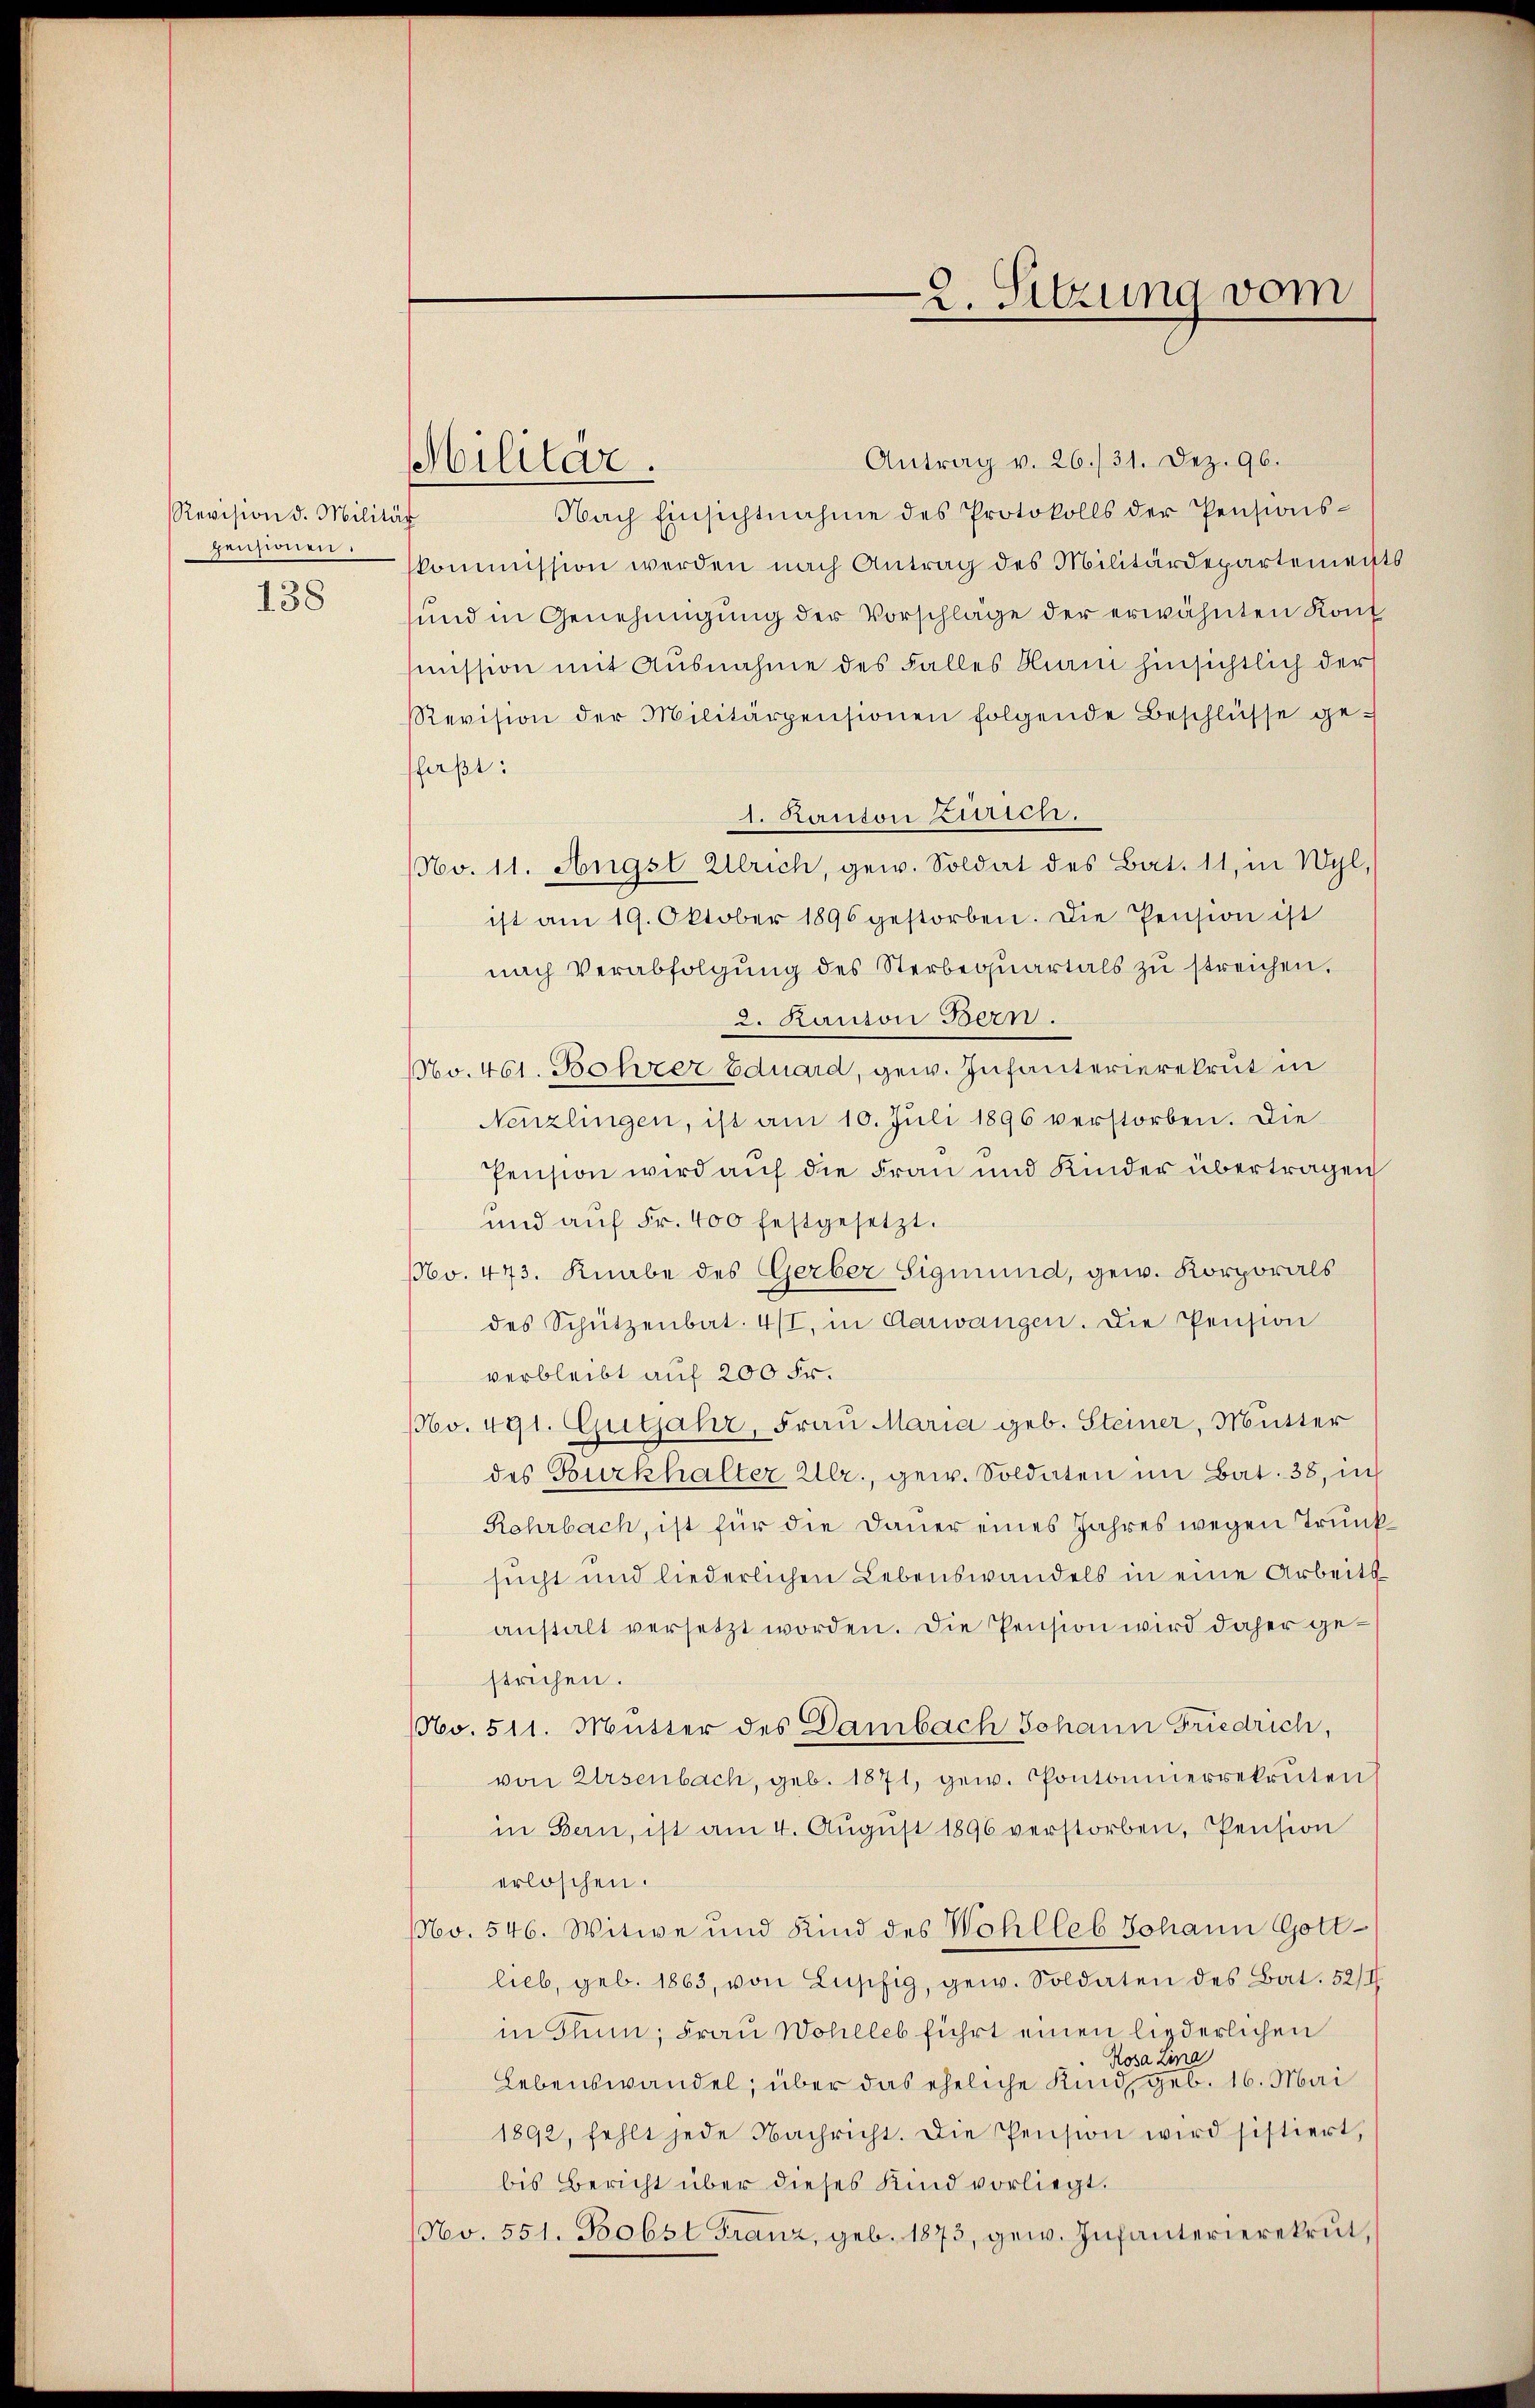
Revision d. Militär
pensionen.
138

bilitär.

2. Sitzung vom

Antrag v. 26./31. Dez. 96.
Nach Einsichtnahme des Protokolls der Pensionskommission werden nach Antrag des Militärdepartements
sund in Genehmigung der Vorschläge der erwähnten Kont
smission mit Ausnahme des Falles Man hinsichtlich der
Revision der Militärpensionen folgende Beschlüsse ge-
faßt:
1. Kanton Zürich.
No. 11. Angst Ulrich, gew. Soldat des Bat. 11, in Wyl,
ist am 19. Oktober 1896 gestorben. Die Pension ist
nach Verabfolgŭng des Sterbequartals zu streichen.
2. Kanton Bern.
No. 461. Bohrer Eduard, gew. Infanterierekrut in
Nenzlingen, ist am 10. Juli 1896 verstorben. Die
Pension wird auf die Frau und Kinder übertragen
und aŭf Fr. 400 festgesetzt.
No. 473. Knabe des Gerber Sigmund, gew. Korporals
des Schützenbat. 4/I, in Aarwangen. Die Pension
verbleibt auf 200 Fr.
No. 491. Gutjahr, Frau Maria geb. Steiner, Mutter
des Burkhalter Ulr., gew. Soldaten im Bat. 38, un
Rohrbach, ist für die Dauer eines Jahreswegen Trunk
sucht und liederlichen Lebenswandels in eine Arbeits
anstalt versetzt worden. Die Pension wird daher gestrichen.
NNo. 511. Mutter des Dambach Johann Friedrich,
von Ursenbach, geb. 1871, gew. Pontonnierrekruten
in Bern, ist am 4. Aŭgŭst 1896 verstorben, Pension
erlöschen.
NNo. 546. Witwe und Kind des Wohlleb Johann Gott-
lieb, geb. 1863, von Lupfig, gew. Soldaten des Bat. 52/1
in Thun; Frau Wohlleb führt einen liederlichen
Rosa Lina
Lebenswandel, über das eheliche Kind, geb. 16. Mai
1892, fehlt jede Nachricht. Die Pension wird sistiert,
bis Bericht über dieses Kind vorliegt.
No. 551. Bobst Franz, geb. 1873, gew. Infanterierekrut,